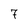
Character: 7